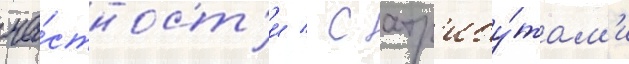
ча́стност'и / с атр'ибу́там'и